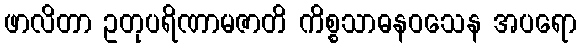
ဖာလိတာ ဥတုပရိဏာမဇာတိ ကိစ္စသာဓနဝသေန အပရော